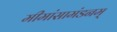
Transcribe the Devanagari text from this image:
मीमांसामंडनम्